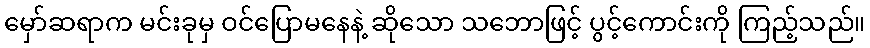
မှော်ဆရာက မင်းခုမှ ဝင်ပြောမနေနဲ့ ဆိုသော သဘောဖြင့် ပွင့်ကောင်းကို ကြည့်သည်။